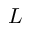
L